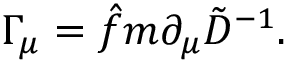
\Gamma _ { \mu } = \hat { f } m \partial _ { \mu } \tilde { D } ^ { - 1 } .